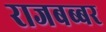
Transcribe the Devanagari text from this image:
राजबब्बर